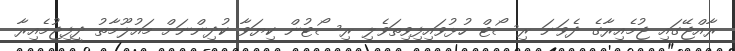
ރާއްޖޭގައި ޖުމެއިރާގެ ދެވަނަ ރިސޯޓް ހުޅުވައިފިވިތަވެލި ރިސޯޓުން ކިޔަވާ ކުދިންނަށް މައުލޫމާތު ދީފިޖުމެއިރާ